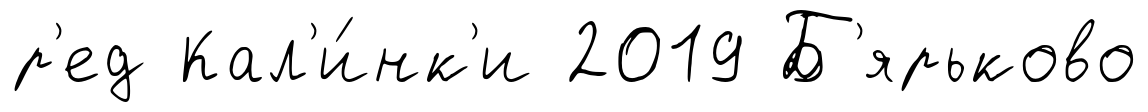
р'ед Кал'и́нк'и 2019 Б'ярьково